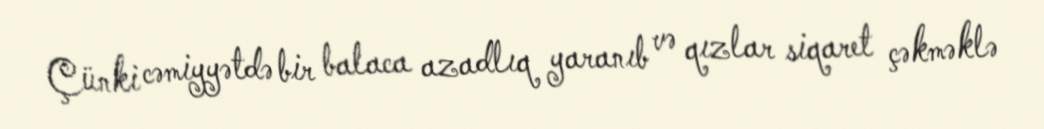
Çünki cəmiyyətdə bir balaca azadlıq yaranıb və qızlar siqaret çəkməklə